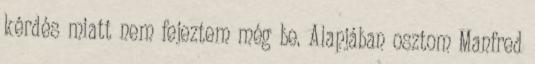
kérdés miatt nem fejeztem még be. Alapjában osztom Manfred